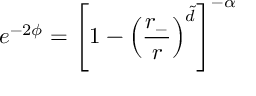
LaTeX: e ^ { - 2 \phi } = \left[ 1 - \left( \frac { r _ { - } } { r } \right) ^ { \tilde { d } } \right] ^ { - \alpha }